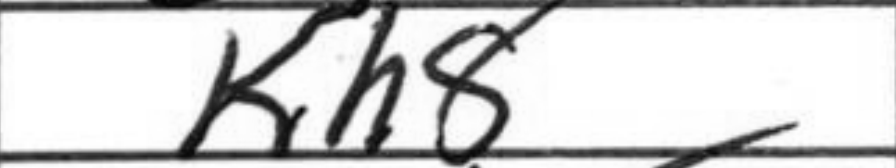
Transcription: Kh8